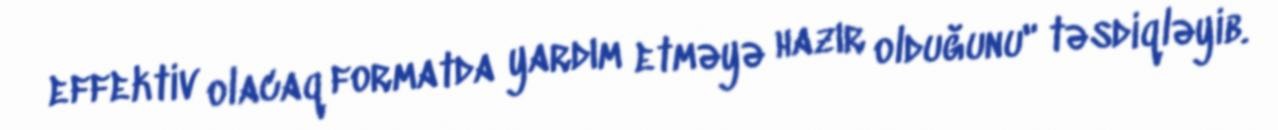
effektiv olacaq formatda yardım etməyə hazır olduğunu" təsdiqləyib.